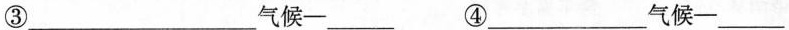
③___气候—___ ④___气候—___